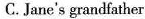
C. Jane's grandfather